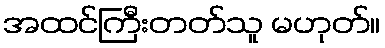
အထင်ကြီးတတ်သူ မဟုတ်။